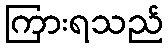
ကြားရသည်